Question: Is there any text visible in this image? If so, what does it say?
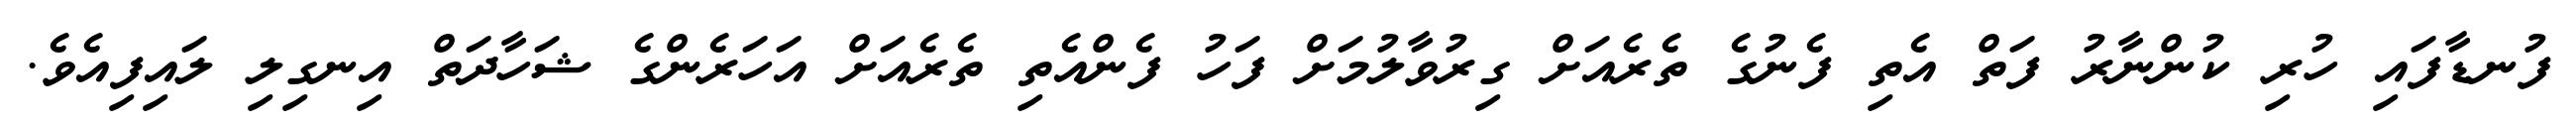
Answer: ފުނޑާފައި ހުރި ކުންނާރު ފަތް އެތި ފެނުގެ ތެރެއަށް ގިރުވާލުމަށް ފަހު ފެންއެތި ތެރެއަށް އަހަރެންގެ ޝަހާދަތް އިނގިލި ލައިފިއެވެ.